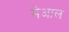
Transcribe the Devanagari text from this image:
मेआल